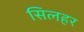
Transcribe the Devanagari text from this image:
सिलहर